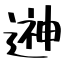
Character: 𨕫